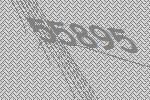
55895